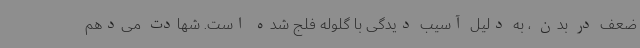
ضعف در بدن ، به دلیل آسیب دیدگی با گلوله فلج شده است. شهادت می‌دهم